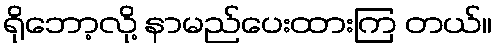
ရိုဘော့လို့ နာမည်ပေးထားကြ တယ်။